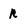
Character: r